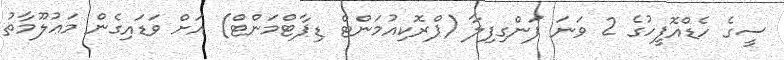
ސީގެ ހެޑްއޮފީހުގެ 2 ވަނަ ފަންގިފިލާ (ޕްރޮކިއުމަންޓް ޑިޕާޓްމަންޓް) އަށް ވަޑައިގެން މަޢުލޫމާތު